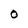
Character: O